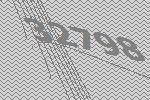
32798